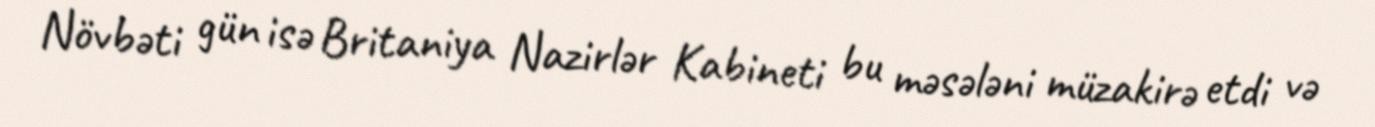
Növbəti gün isə Britaniya Nazirlər Kabineti bu məsələni müzakirə etdi və